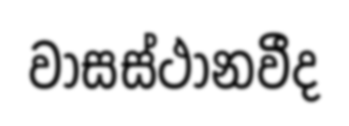
වාසස්ථානවීද